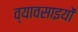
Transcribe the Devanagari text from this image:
व्यावसाइयों